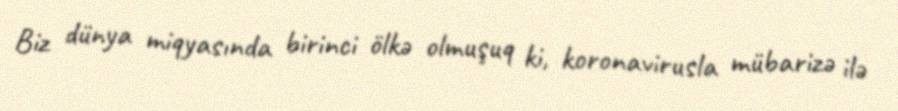
Biz dünya miqyasında birinci ölkə olmuşuq ki, koronavirusla mübarizə ilə